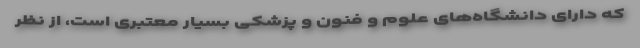
که دارای دانشگاه‌های علوم و فنون و پزشکی بسیار معتبری است، از نظر